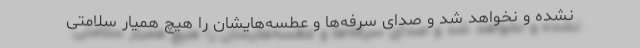
نشده و نخواهد شد و صدای سرفه‌ها و عطسه‌هایشان را هیچ همیار سلامتی